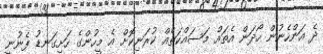
ދެ އަންހެނުން ހޯދަން އެތައް މަސައްކަތެއް ކުރަނިކޮށް އެ މީހުންގެ ހަށިގަނޑު ފެނުނީ